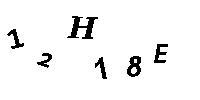
12H18E